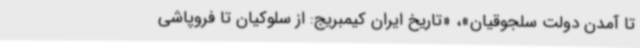
تا آمدن دولت سلجوقیان»، «تاریخ ایران کیمبریج: از سلوکیان تا فروپاشی